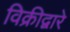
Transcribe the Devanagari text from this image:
विक्रीद्वारे